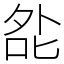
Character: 夞